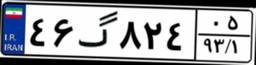
۵۸گ۰۶۵۸۶